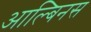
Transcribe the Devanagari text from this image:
आल्बिनस